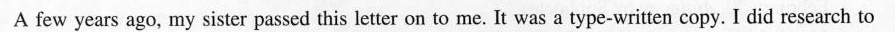
A few years ago, my sister passed this letter on to me. It was a type-written copy. I did research to